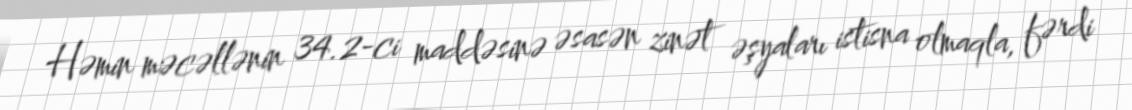
Həmin məcəllənin 34.2-ci maddəsinə əsasən zinət əşyaları istisna olmaqla, fərdi